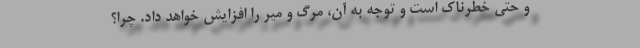
و حتی خطرناک است و توجه به آن، مرگ و میر را افزایش خواهد داد. چرا؟